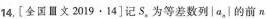
14，[全国日文2019\cdot 14]记S_{n|为等差数列|a_{n||的前π